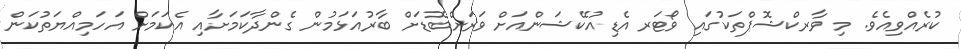
ކުރެއްވިއެވެ. މި ވާރކްޝޮޕްތަކުގައި ވޯޓަރ އެޑިއުކޭޝަންއަށް ވަރަށްބޮޑަށް ބާރުއަޅަމުން ގެންދާކަމަށާއި އެކަމަށް އަހަމިއްޔަތުކަން